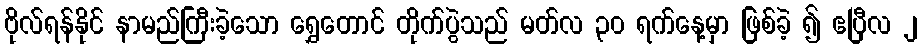
ဗိုလ်ရန်နိုင် နာမည်ကြီးခဲ့သော ရွှေတောင် တိုက်ပွဲသည် မတ်လ ၃၀ ရက်နေ့မှာ ဖြစ်ခဲ့ ၍ ဧပြီလ ၂